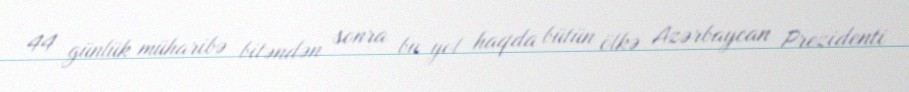
44 günlük müharibə bitəndən sonra bu yol haqda bütün ölkə Azərbaycan Prezidenti